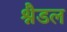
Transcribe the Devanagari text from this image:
श्नैडल